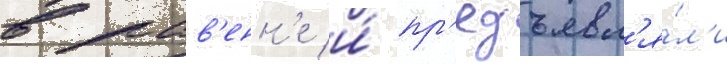
в рав'енн'е и́ пр'едъявл'я́л'и